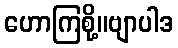
ဟောကြစို့။ဗျာပါဒ